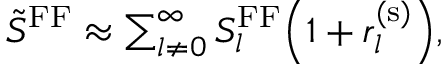
\begin{array} { r } { \tilde { S } ^ { \mathrm { F F } } \approx \sum _ { l \neq 0 } ^ { \infty } S _ { l } ^ { \mathrm { F F } } \Bigl ( 1 + r _ { l } ^ { ( \mathrm { s } ) } \Bigr ) , } \end{array}